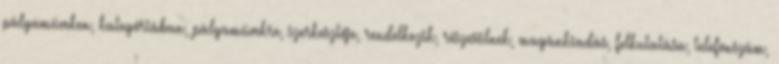
pályaműveken, kategóriában, pályaművekre, szerkesztője, rendelkezik, részesülnek, magánkiadás, felkutatása, telefonszám,